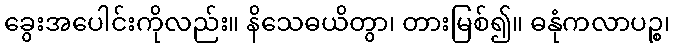
ခွေးအပေါင်းကိုလည်း။ နိသေဓယိတွာ၊ တားမြစ်၍။ ဓနုံကလာပဉ္စ၊